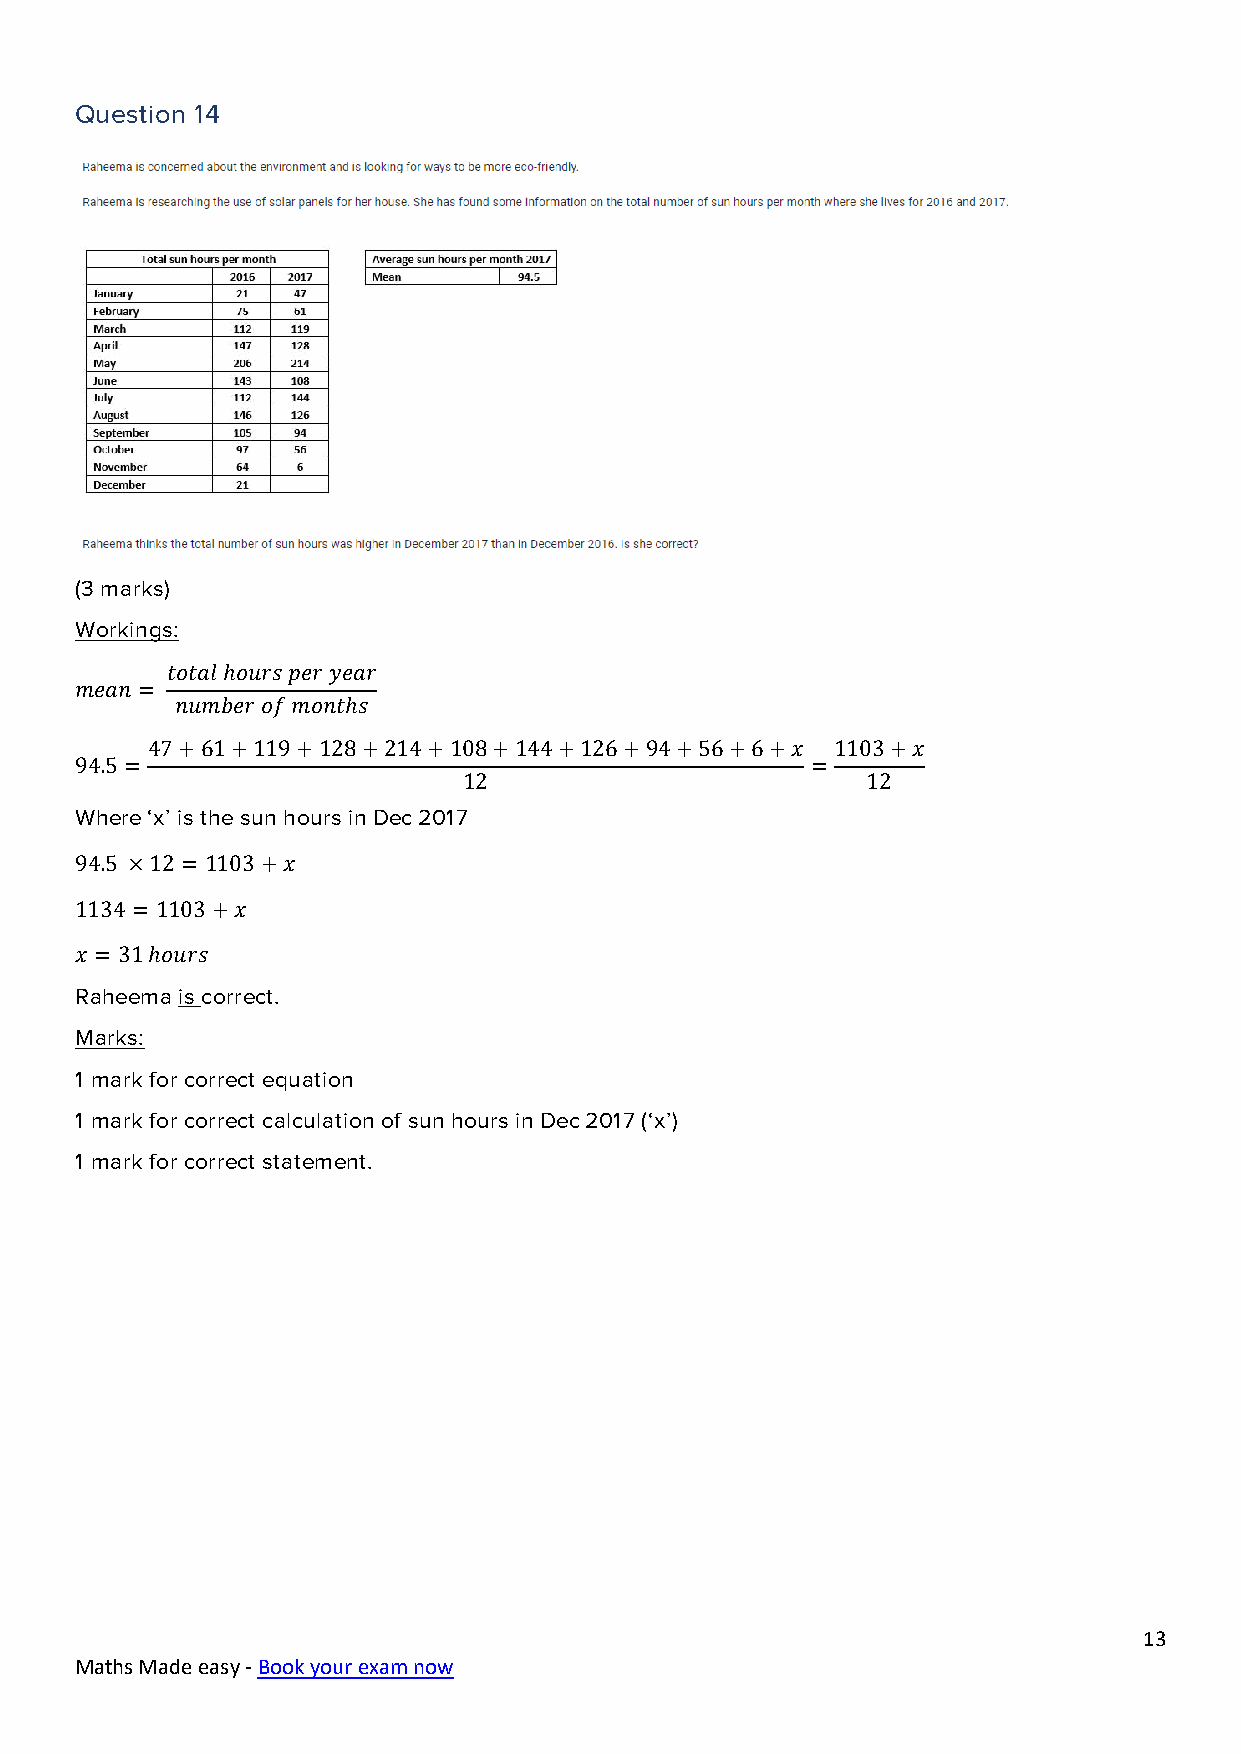
Question 14
 (3 marks)
 Workings:
 𝑡𝑜𝑡𝑎𝑙 ℎ𝑜𝑢𝑟𝑠 𝑝𝑒𝑟 𝑦𝑒𝑎𝑟
 𝑚𝑒𝑎𝑛 =
 𝑛𝑢𝑚𝑏𝑒𝑟 𝑜𝑓 𝑚𝑜𝑛𝑡ℎ𝑠
 47+61+119+128+214+108+144+126+94+56+6+𝑥      1103+𝑥
 94.5 =                                           =
 12                        12
 Where ‘x’ is the sun hours in Dec 2017
 94.5 ×12 =1103+𝑥
 1134 =1103+𝑥
 𝑥 = 31 ℎ𝑜𝑢𝑟𝑠
 Raheema is correct.
 Marks:
 1 mark for correct equation
 1 mark for correct calculation of sun hours in Dec 2017 (‘x’)
 1 mark for correct statement.
 13
 Maths Made easy - Book your exam now